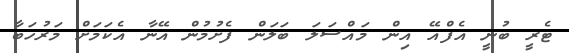
ޓެރީ ބުނީ އެފްއޭ އިން މައްސަލަ ބަލަން ފެށުމުން އޭނާ އެކަމަށް މަރުހަބާ